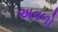
અવળો